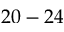
2 0 - 2 4